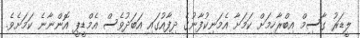
ލީޑަރު ގާސިމް އިބްރާހިމަށް ކަމަށާ އެމަނިކުފާނުގެ ދިފާއުގައި އަބަދުވެސް އެމްޑީޕީ އޮންނާނެ ކަމަށެވެ.